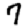
Digit: 7